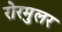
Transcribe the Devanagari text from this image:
रोरमुलर